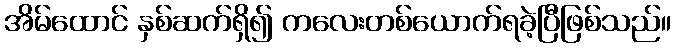
အိမ်ထောင် နှစ်ဆက်ရှိ၍ ကလေးတစ်ယောက်ရခဲ့ပြီဖြစ်သည်။